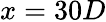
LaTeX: x=30D